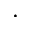
\cdot